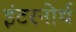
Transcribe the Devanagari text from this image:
इंटरनोर्थ